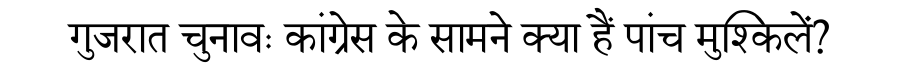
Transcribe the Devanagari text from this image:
गुजरात चुनावः कांग्रेस के सामने क्या हैं पांच मुश्किलें?